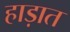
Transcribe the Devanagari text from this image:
हाड़ात